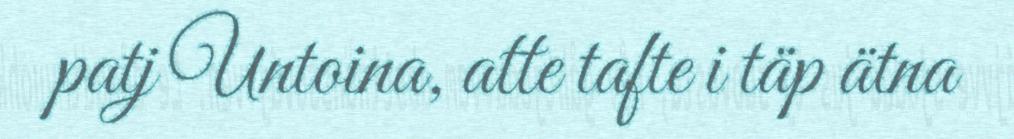
patj Untoina, atte tafte i täp ätna